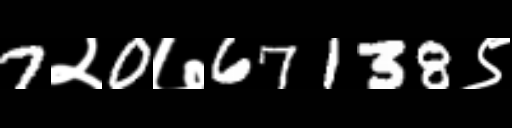
Text: 7२0७67138९